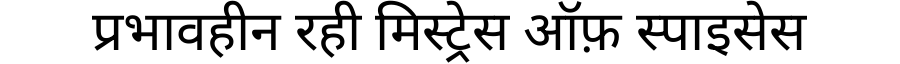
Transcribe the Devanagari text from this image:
प्रभावहीन रही मिस्ट्रेस ऑफ़ स्पाइसेस